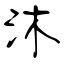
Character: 沐